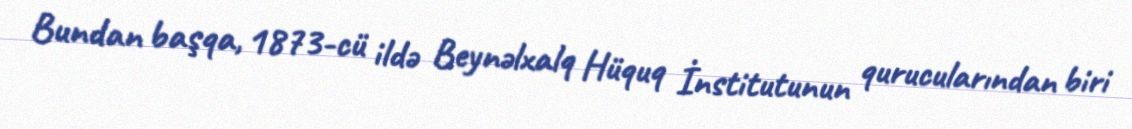
Bundan başqa, 1873-cü ildə Beynəlxalq Hüquq İnstitutunun qurucularından biri